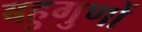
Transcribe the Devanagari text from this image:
बहुगुणों